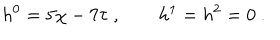
h ^ { 0 } = 5 \chi - 7 \tau \ , \qquad h ^ { 1 } = h ^ { 2 } = 0 \ .